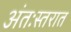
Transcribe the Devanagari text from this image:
अंतःस्तरात